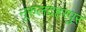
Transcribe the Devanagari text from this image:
नूरुलदहरपुर